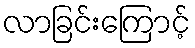
လာခြင်းကြောင့်